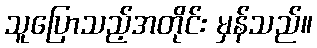
သူပြောသည့်အတိုင်း မှန်သည်။